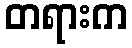
တရားက